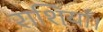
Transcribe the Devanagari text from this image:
राशियाँ।